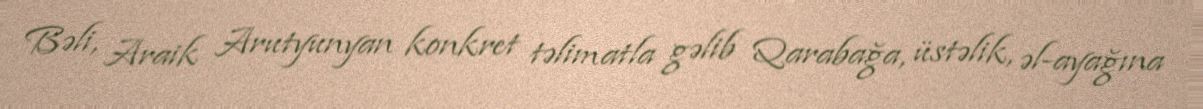
Bəli, Araik Arutyunyan konkret təlimatla gəlib Qarabağa, üstəlik, əl-ayağına